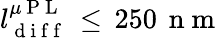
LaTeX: l_{\mathrm{~d~i~f~f~}}^{\mu\mathrm{~P~L~}}\, \leq\, 250\, \mathrm{~n~m~}